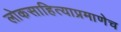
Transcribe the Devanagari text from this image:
लोकसाहित्याप्रमाणेच